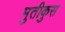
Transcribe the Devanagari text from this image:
मुतीकुस